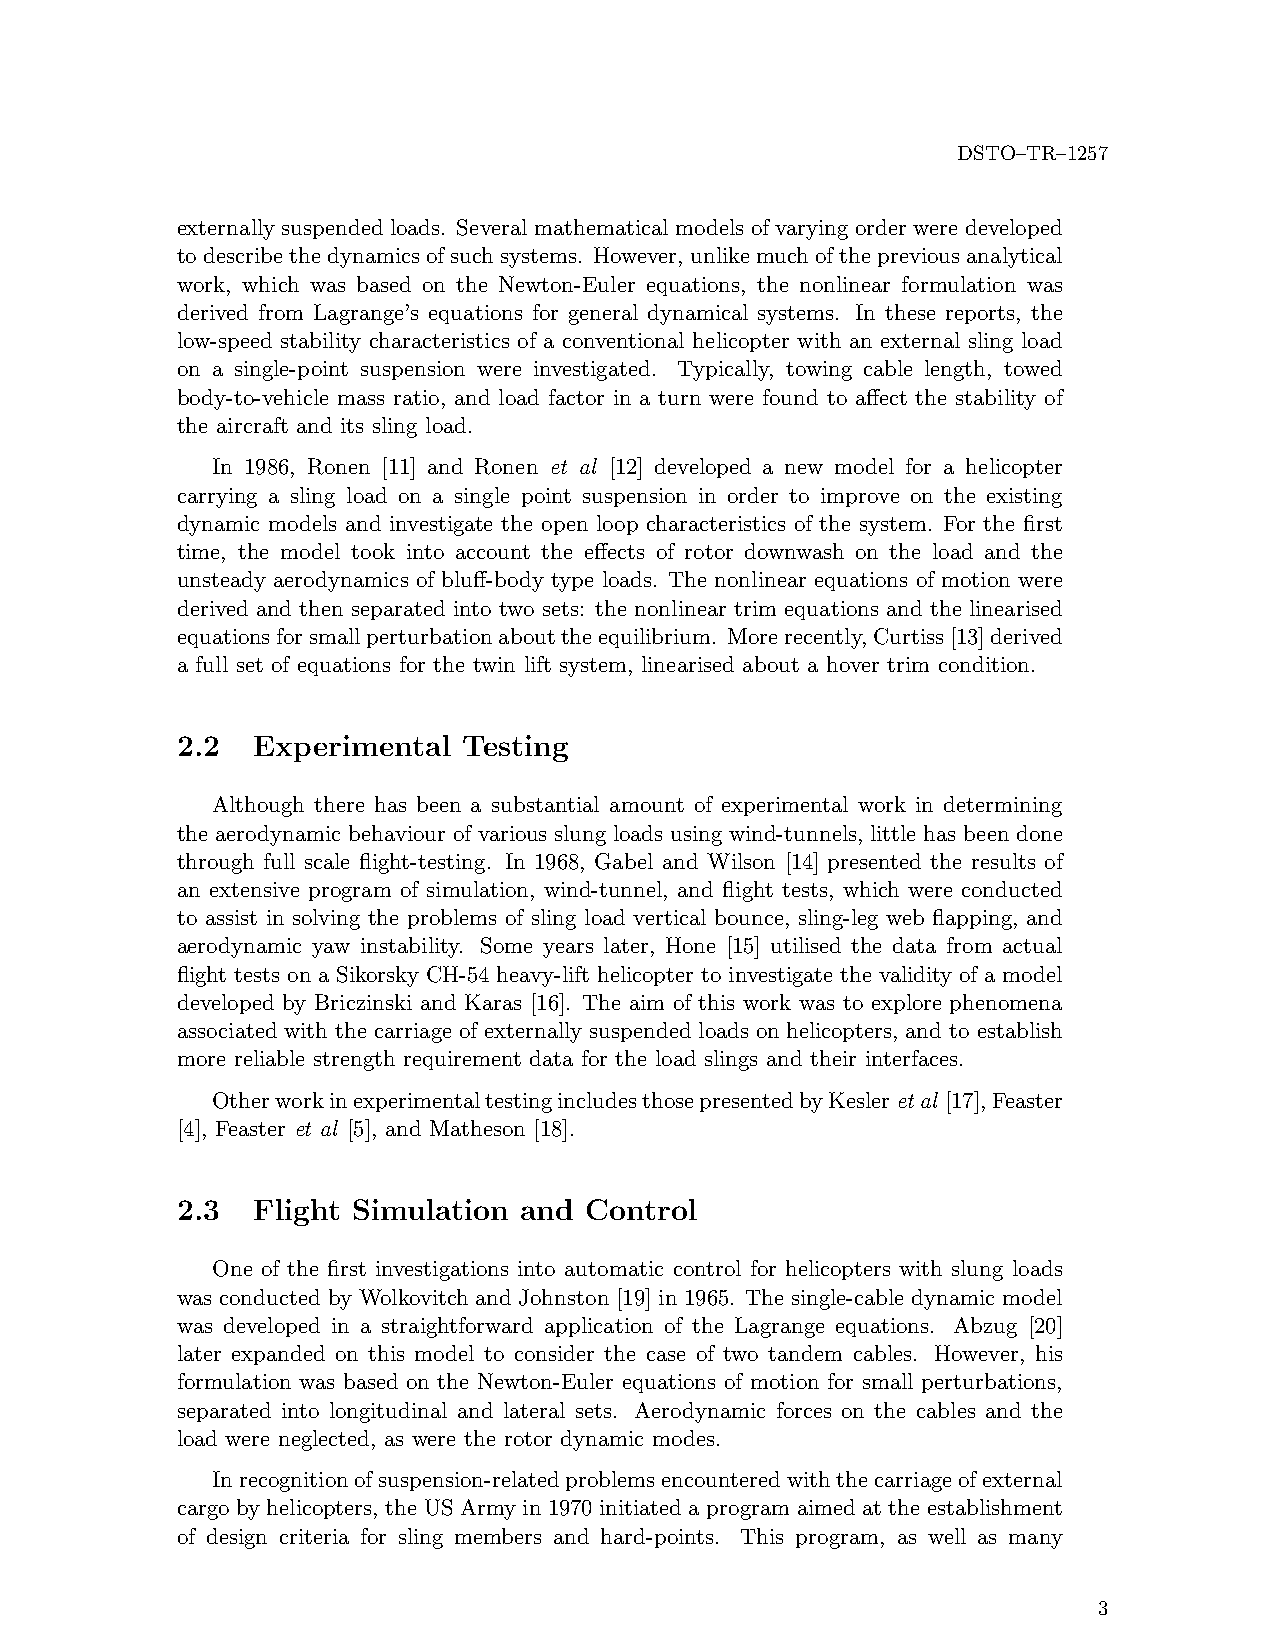
DSTO–TR–1257
 externally suspended loads. Several mathematical models of varying order were developed
 todescribethedynamicsofsuchsystems. However, unlikemuchofthepreviousanalytical
 work, which was based on the Newton-Euler equations, the nonlinear formulation was
 derived from Lagrange’s equations for general dynamical systems. In these reports, the
 low-speed stability characteristics of a conventional helicopter with an external sling load
 on a single-point suspension were investigated. Typically, towing cable length, towed
 body-to-vehicle mass ratio, and load factor in a turn were found to affect the stability of
 the aircraft and its sling load.
 In 1986, Ronen [11] and Ronen et al [12] developed a new model for a helicopter
 carrying a sling load on a single point suspension in order to improve on the existing
 dynamic models and investigate the open loop characteristics of the system. For the first
 time, the model took into account the effects of rotor downwash on the load and the
 unsteady aerodynamics of bluff-body type loads. The nonlinear equations of motion were
 derived and then separated into two sets: the nonlinear trim equations and the linearised
 equationsforsmallperturbationabouttheequilibrium. Morerecently,Curtiss[13]derived
 a full set of equations for the twin lift system, linearised about a hover trim condition.
 2.2  Experimental  Testing
 Although there has been a substantial amount of experimental work in determining
 the aerodynamic behaviour of various slung loads using wind-tunnels, little has been done
 through full scale flight-testing. In 1968, Gabel and Wilson [14] presented the results of
 an extensive program of simulation, wind-tunnel, and flight tests, which were conducted
 to assist in solving the problems of sling load vertical bounce, sling-leg web flapping, and
 aerodynamic yaw instability. Some years later, Hone [15] utilised the data from actual
 flight tests on a Sikorsky CH-54 heavy-lift helicopter to investigate the validity of a model
 developed by Briczinski and Karas [16]. The aim of this work was to explore phenomena
 associated with the carriage of externally suspended loads on helicopters, and to establish
 more reliable strength requirement data for the load slings and their interfaces.
 OtherworkinexperimentaltestingincludesthosepresentedbyKesleretal [17],Feaster
 [4], Feaster et al [5], and Matheson [18].
 2.3  Flight Simulation and Control
 One of the first investigations into automatic control for helicopters with slung loads
 was conducted by Wolkovitch and Johnston [19] in 1965. The single-cable dynamic model
 was developed in a straightforward application of the Lagrange equations. Abzug [20]
 later expanded on this model to consider the case of two tandem cables. However, his
 formulation was based on the Newton-Euler equations of motion for small perturbations,
 separated into longitudinal and lateral sets. Aerodynamic forces on the cables and the
 load were neglected, as were the rotor dynamic modes.
 Inrecognitionofsuspension-relatedproblemsencounteredwiththecarriageofexternal
 cargo by helicopters, the US Army in 1970 initiated a program aimed at the establishment
 of design criteria for sling members and hard-points. This program, as well as many
 3